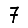
Digit: 7